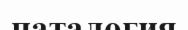
паталогия